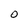
Character: 0